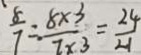
\frac { 8 } { 7 } = \frac { 8 \times 3 } { 7 \times 3 } = \frac { 2 4 } { 2 1 }